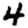
Digit: 4